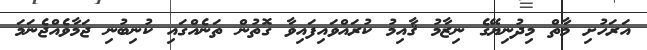
އަރަހުށި މާތް މިދުނިޔޭގެ ނިޒާމު ޤާއިމު ކުރައްވައިފައިވާ ގޮތުން ތަނެއްގައި ކުނިބުނި ޖަމާވެއްޖެނަމަ